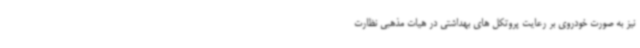
نیز به صورت خودروی بر رعایت پروتکل های بهداشتی در هیات مذهبی نظارت